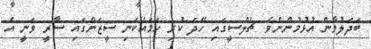
ބަދަލުވާން އުޅުމުންނެވެ. ޗެލްސީގައި ހޭދަ ކުރި ހަމައެކަނި ސީޒަންގައި ސާރީ ވަނީ އެ